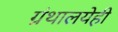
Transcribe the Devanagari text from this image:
ग्रंथालयेही